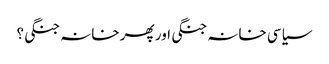
سیاسی خانہ جنگی اور پھر خانہ جنگی؟